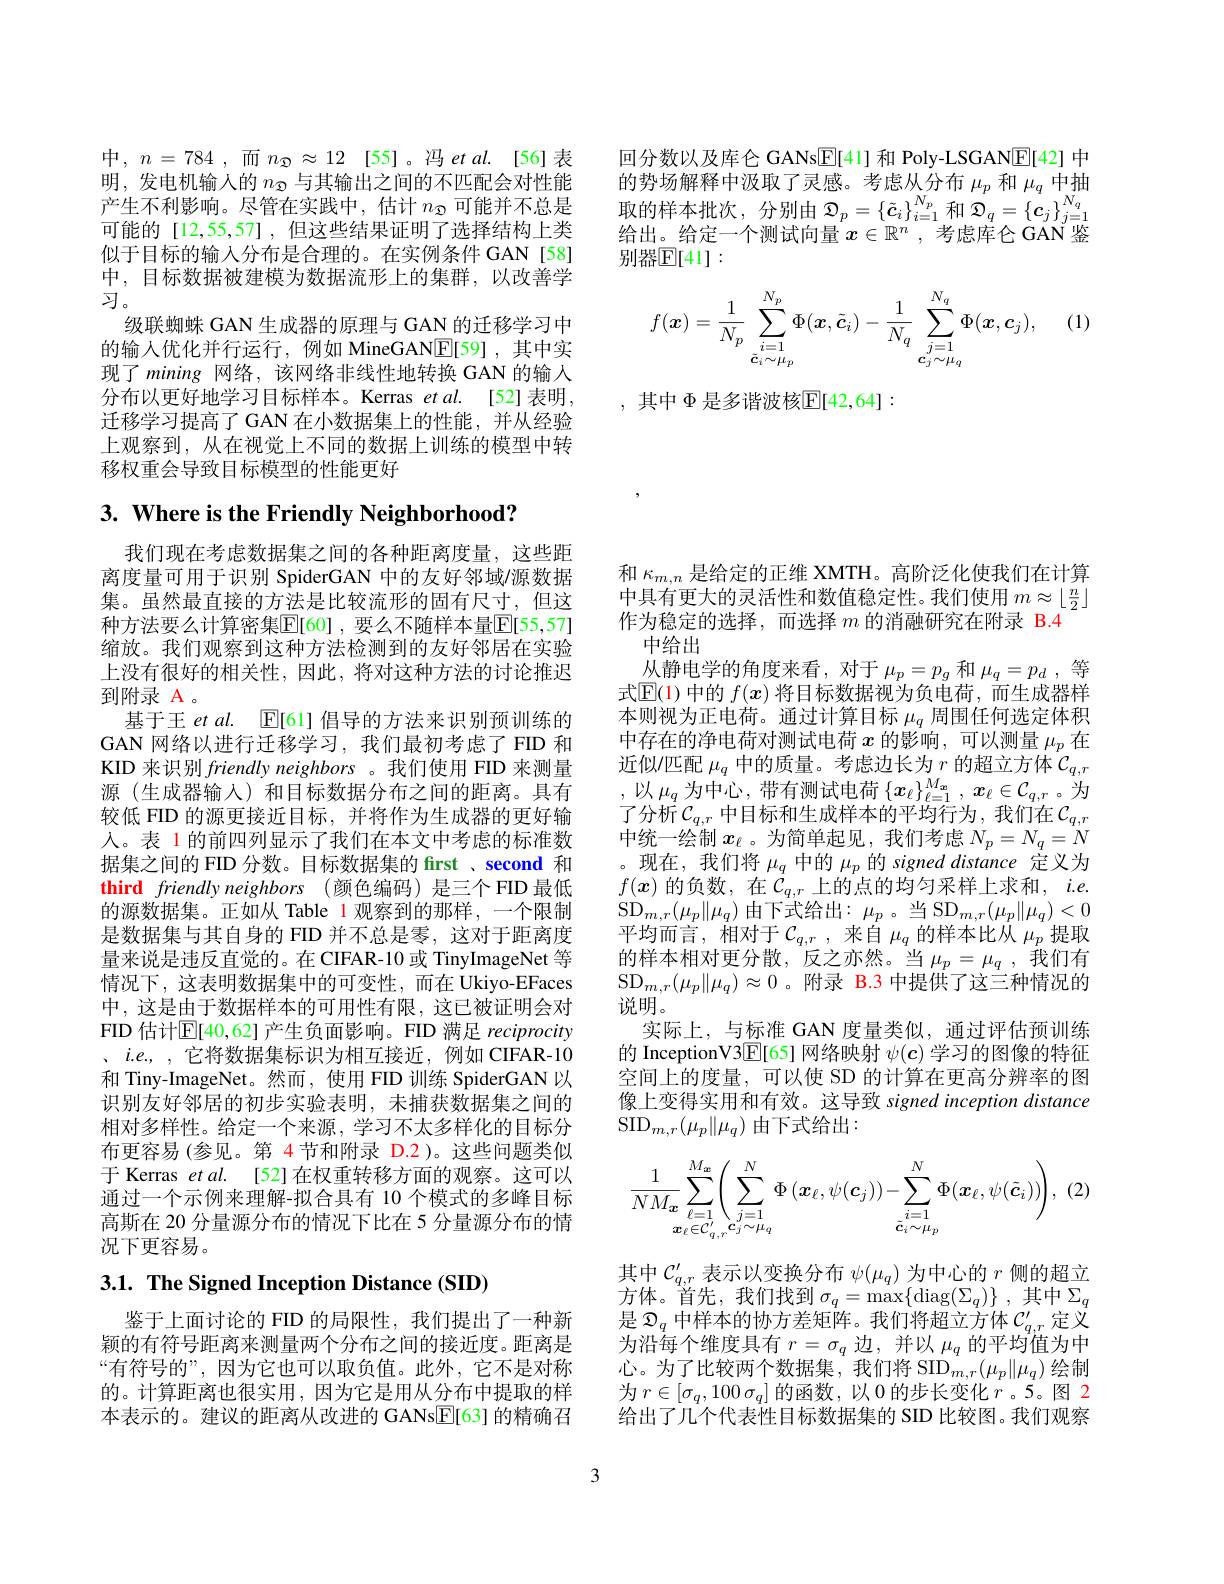
回分数以及库仑 GANs$\boxed{\mathrm{F}}[41]$和 Poly-LSGANE[42] 中的势场解释中汲取了灵感。考虑从分布$\mu_p$和$\mu_q$中抽给出。给定一个测试向量$x\in\mathbb{R}^n$ ,考虑库仑 GAN 鉴别器$\mathbb{E}[41]:$

(1)
$$f(\boldsymbol{x})=\frac{1}{N_p}\sum_{\stackrel{i=1}{\tilde{\boldsymbol{c}}_i\sim\mu_p}}^{N_p}\Phi(\boldsymbol{x},\tilde{\boldsymbol{c}}_i)-\frac{1}{N_q}\sum_{\stackrel{j=1}{\boldsymbol{c}_j\sim\mu_q}}^{N_q}\Phi(\boldsymbol{x},\boldsymbol{c}_j),$$
,其中$\Phi$是多谐波核$\mathbb{E}[42,64]:$

中，$n=784$,而$n_{\mathcal{D}}\approx12$[55]。冯$etal.$[56]表明，发电机输入的$n_{\mathfrak{B}}$与其输出之间的不匹配会对性能产生不利影响。尽管在实践中，估计$n_\mathfrak{D}$可能并不总是可能的[12,55,57] ,但这些结果证明了选择结构上类似于目标的输入分布是合理的。在实例条件 GAN[58] 中，目标数据被建模为数据流形上的集群，以改善学习。
级联蜘蛛 GAN 生成器的原理与 GAN 的迁移学习中的输入优化并行运行，例如 MineGANE[59],其中实现了 mining 网络，该网络非线性地转换 GAN 的输入分布以更好地学习目标样本。Kerras et al. [52] 表明， 迁移学习提高了GAN 在小数据集上的性能，并从经验上观察到，从在视觉上不同的数据上训练的模型中转移权重会导致目标模型的性能更好

# 3. Where is the Friendly Neighborhood?

我们现在考虑数据集之间的各种距离度量，这些距离度量可用于识别 SpiderGAN 中的友好邻域/源数据集。虽然最直接的方法是比较流形的固有尺寸，但这种方法要么计算密集$\mathbb{E}[60]$ ,要么不随样本量$\mathbb{E}[55,57]$ 缩放。我们观察到这种方法检测到的友好邻居在实验上没有很好的相关性，因此，将对这种方法的讨论推迟到附录 A 。
基于王$etal.$ [E[61] 倡导的方法来识别预训练的GAN 网络以进行迁移学习，我们最初考虑了 FID 和KID 来识别friendly neighbors 。我们使用 FID 来测量源(生成器输入)和目标数据分布之间的距离。具有较低 FID 的源更接近目标，并将作为生成器的更好输人。表 1 的前四列显示了我们在本文中考虑的标准数据集之间的 FID 分数。目标数据集的 first 、second 和third friendly neighbors (颜色编码)是三个 FID 最低的源数据集。正如从 Table 1 观察到的那样，一个限制是数据集与其自身的 FID 并不总是零，这对于距离度量来说是违反直觉的。在 CIFAR-10 或 TinyImageNet 等情况下，这表明数据集中的可变性，而在 Ukiyo-EFaces 中，这是由于数据样本的可用性有限，这已被证明会对FID 估计$\mathbb{E}[40,62]$产生负面影响。FID 满足 reciprocity 、$i.e.$,它将数据集标识为相互接近，例如 CIFAR-10和 Tiny-ImageNet。然而，使用 FID 训练 SpiderGAN 以识别友好邻居的初步实验表明，未捕获数据集之间的相对多样性。给定一个来源，学习不太多样化的目标分布更容易 (参见。第 4 节和附录 D.2)。这些问题类似于 Kerras $etal.$ [52]在权重转移方面的观察。这可以通过一个示例来理解-拟合具有 10 个模式的多峰目标高斯在 20 分量源分布的情况下比在 5 分量源分布的情况下更容易。

3.1. The Signed Inception Distance (SID)

鉴于上面讨论的 FID 的局限性，我们提出了一种新颖的有符号距离来测量两个分布之间的接近度。距离是“有符号的”,因为它也可以取负值。此外，它不是对称的。计算距离也很实用，因为它是用从分布中提取的样本表示的。建议的距离从改进的 GANs$\underline{\mathrm{E}}[63]$的精确召

和$\kappa_{m,n}$是给定的正维 XMTH。高阶泛化使我们在计算中具有更大的灵活性和数值稳定性。我们使用$m\approx\lfloor\frac n2\rfloor$ 作为稳定的选择，而选择$m$的消融研究在附录 B.4
中给出
从静电学的角度来看，对于$\mu_p=p_g$和$\mu_q=p_d$ ,等式$\mathbb{E}(1)$中的$f(x)$将目标数据视为负电荷，而生成器样本则视为正电荷。通过计算目标$\mu_q$周围任何选定体积中存在的净电荷对测试电荷$x$的影响，可以测量$\mu_p$在近似/匹配$\mu_q$中的质量。考虑边长为$r$的超立方体$\mathcal C_q,r$ ,以$\mu_q$为中心，带有测试电荷$\{\boldsymbol x_\ell\}_\ell=1^{M_x},\boldsymbol{x}_\ell\in\mathcal{C}_{q,r}$。为了分析$\mathcal{C}_q,r$ 中目标和生成样本的平均行为，我们在$\mathcal{C}_q,r$ 中统一绘制$x_\ell$ 。为简单起见，我们考虑$N_p=N_q=N$ 。现在，我们将$\mu_q$中的$\mu_p$的 signed distance 定义为$f(\boldsymbol{x})$ 的负数，在$\dot{\mathcal{C}}_q,r$上的点的均匀采样上求和$,i.e.$ $\mathrm{SD}_{m,r}(\mu_{p}\|\mu_{q})$ 由下式给出$:\mu_p$。当S$D_m, r( \mu _{p}\| \mu _{q}) < 0$ 平均而言，相对于$\mathcal{C}_q,r$,来自$\mu_q$的样本比从$\mu_p$提取的样本相对更分散，反之亦然。当$\mu_p=\mu_q$,我们有$\mathrm{SD}_{m,r}(\mu_p\|\mu_q)\approx0$。附录 B.3 中提供了这三种情况的说明。
实际上，与标准 GAN 度量类似，通过评估预训练的 InceptionV3$\underline{\mathbb{E}}[65]$网络映射$\psi(\boldsymbol{c})$学习的图像的特征空间上的度量，可以使 SD 的计算在更高分辨率的图像上变得实用和有效。这导致 signed inception distance $\mathrm{SID}_{m,r}(\mu_p\|\mu_q)$由下式给出：
$$\frac{1}{NM_{\boldsymbol{x}}}\sum_{\ell=1\atop\boldsymbol{x}_{\ell}\in\mathcal{C}_{q,r}^{\prime}\boldsymbol{c}_{j}\sim\mu_{q}}^{M_{\boldsymbol{x}}}\biggl(\sum_{j=1\atop\boldsymbol{x}_{\ell}\in\mathcal{C}_{q,r}^{\prime}\boldsymbol{c}_{j}\sim\mu_{q}}^{N}\Phi\left(\boldsymbol{x}_{\ell},\psi(\boldsymbol{c}_{j})\right)-\sum_{\tilde{\boldsymbol{c}}_{i}\overset{i=1}{\operatorname*{\sim}}\mu_{p}}^{N}\Phi(\boldsymbol{x}_{\ell},\psi(\tilde{\boldsymbol{c}}_{i}))\biggr),\:(2$$
其中$\mathcal{C}_q,r^{\prime}$表示以变换分布$\psi(\mu_q)$为中心的$r$侧的超立方体。首先，我们找到$\sigma_q=\operatorname*{max}\{\operatorname{diag}(\Sigma_q)\}~$,其中$\Sigma_q$ 是$\mathcal{D}_q$中样本的协方差矩阵。我们将超立方体$\mathcal{C}_q,r^{\prime}$定义为沿每个维度具有$r=\sigma_q$边，并以$\mu_q$的平均值为中心。为了比较两个数据集，我们将 SID$_m,r(\mu_p\|\mu_q)$绘制为$r\in [ \sigma _q, 100$ $\sigma _q]$的函数，以 0 的步长变化$r$ 。5。图 2给出了几个代表性目标数据集的 SID 比较图。我们观察

3